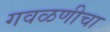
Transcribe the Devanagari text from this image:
गवळणीचा